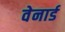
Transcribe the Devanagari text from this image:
वेनार्ड